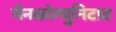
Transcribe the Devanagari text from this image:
मैनकोम्युनिटाट